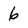
Character: 6